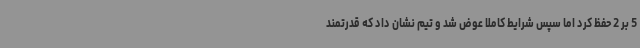
5 بر 2 حفظ کرد اما سپس شرایط کاملا عوض شد و تیم نشان داد که قدرتمند